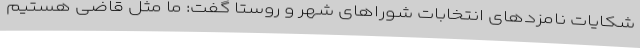
شکایات نامزدهای انتخابات شوراهای شهر و روستا گفت: ما مثل قاضی هستیم